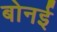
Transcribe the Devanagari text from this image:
बोनई